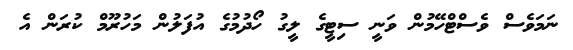
ނަމަވެސް ވެސްޓްހޭމުން ވަނީ ސިޓީގެ ލީގު ހޯދުމުގެ އުފަލުން މަހުރޫމް ކުރަން އެ